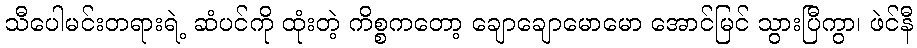
သီပေါမင်းတရားရဲ့ ဆံပင်ကို ထုံးတဲ့ ကိစ္စကတော့ ချောချောမောမော အောင်မြင် သွားပြီကွာ၊ ဖဲင်နီ